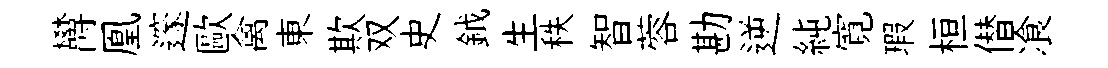
欝凰邃歐禽東欺双史鉞生秩智蓉勘逆純寛瑕桓僣飡